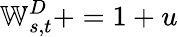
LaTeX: \mathbb{W}_{s,t}^{D}+=1+u